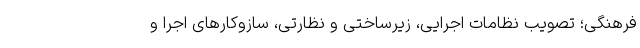
فرهنگی؛ تصویب نظامات اجرایی، زیرساختی و نظارتی، سازوکارهای اجرا و